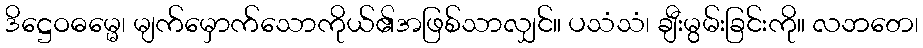
ဒိဋ္ဌေဝဓမ္မေ၊ မျက်မှောက်သောကိုယ်၏အဖြစ်သာလျှင်။ ပသံသံ၊ ချီးမွမ်းခြင်းကို။ လဘတေ၊